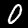
Label: 0